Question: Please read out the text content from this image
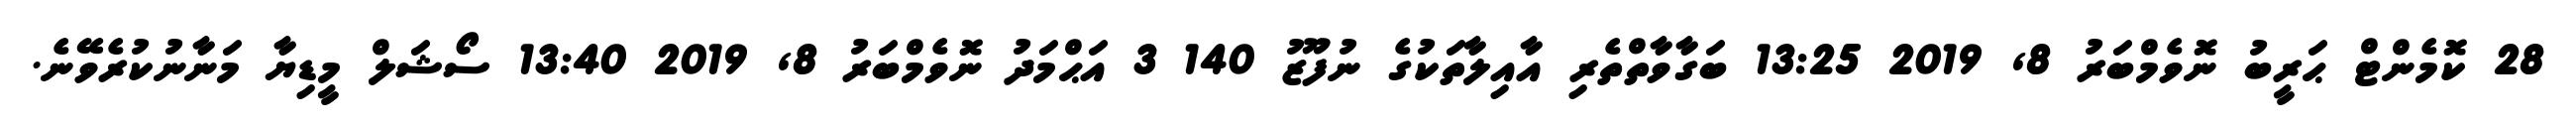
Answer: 28 ކޮމެންޓް ޙަރީބު ނޮވެމްބަރު 8, 2019 13:25 ބަގާވާތްތެރި އާއިލާތަކުގެ ނުފޫޒު 140 3 އަޙްމަދު ނޮވެމްބަރު 8, 2019 13:40 ސޯޝަލް މީޑިޔާ މަނާނުކުރެވޭނެ.